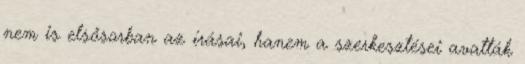
nem is első­sorban az írásai, hanem a szerkesztései avatták